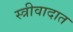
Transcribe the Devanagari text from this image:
स्त्रीवादात